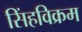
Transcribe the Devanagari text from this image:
सिंहविक्रम